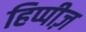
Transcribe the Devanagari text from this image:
हिप्पीज़